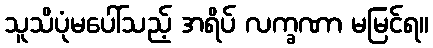
သူသိပုံမပေါ်သည့် အရိပ် လက္ခဏာ မမြင်ရ။